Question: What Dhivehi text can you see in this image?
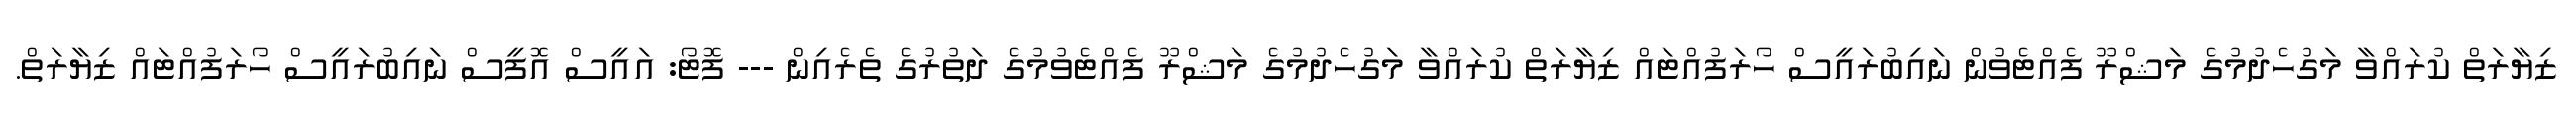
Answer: ޒިޔާރަތް ކުރައްވާ މަގުހެދުމުގެ މަޝްރޫ ފެއްޓެވުން ނައިބުރައީސް ހޯރަފުއްޓައް ޒިޔާރަތް ކުރައްވާ މަގުހެދުމުގެ މަޝްރޫ ފެއްޓެވުމުގެ ދަތުރުގެ ތެރެއިން --- ފޮޓޯ: އައީސް އޮފީސް ނައިބުރައީސް ހޯރަފުއްޓައް ޒިޔާރަތް.